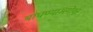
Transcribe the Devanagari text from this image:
बांधण्याअगोदर